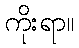
ကိုးရာ။